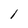
Character: l